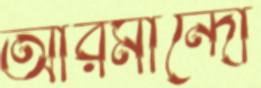
আরমান্দো